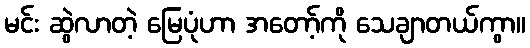
မင်း ဆွဲလာတဲ့ မြေပုံဟာ အတော့်ကို သေချာတယ်ကွာ။